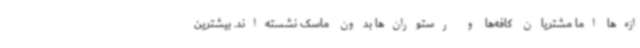
ازه‌ها اما مشتریان کافه‌ها و رستوران‌ها بدون ماسک نشسته‌اند. بیشترین